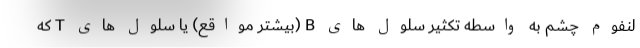
لنفوم چشم به واسطه تکثیر سلول های B (بیشتر مواقع) یا سلول های T که